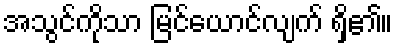
အသွင်ကိုသာ မြင်ယောင်လျက် ရှိ၏။